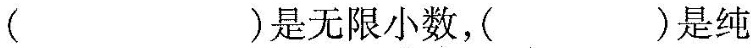
( )是无限小数，( )是纯